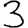
Digit: 3